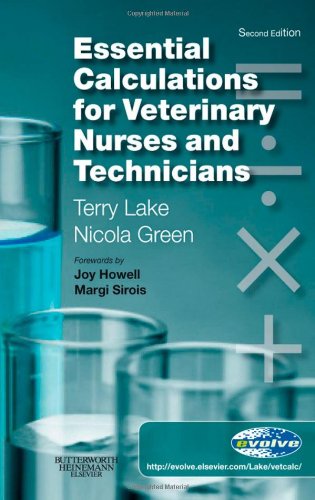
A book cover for Essential Calculations for Veterinary Nurses and Technicians, 2e; Terry Lake DVM; Medical Books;